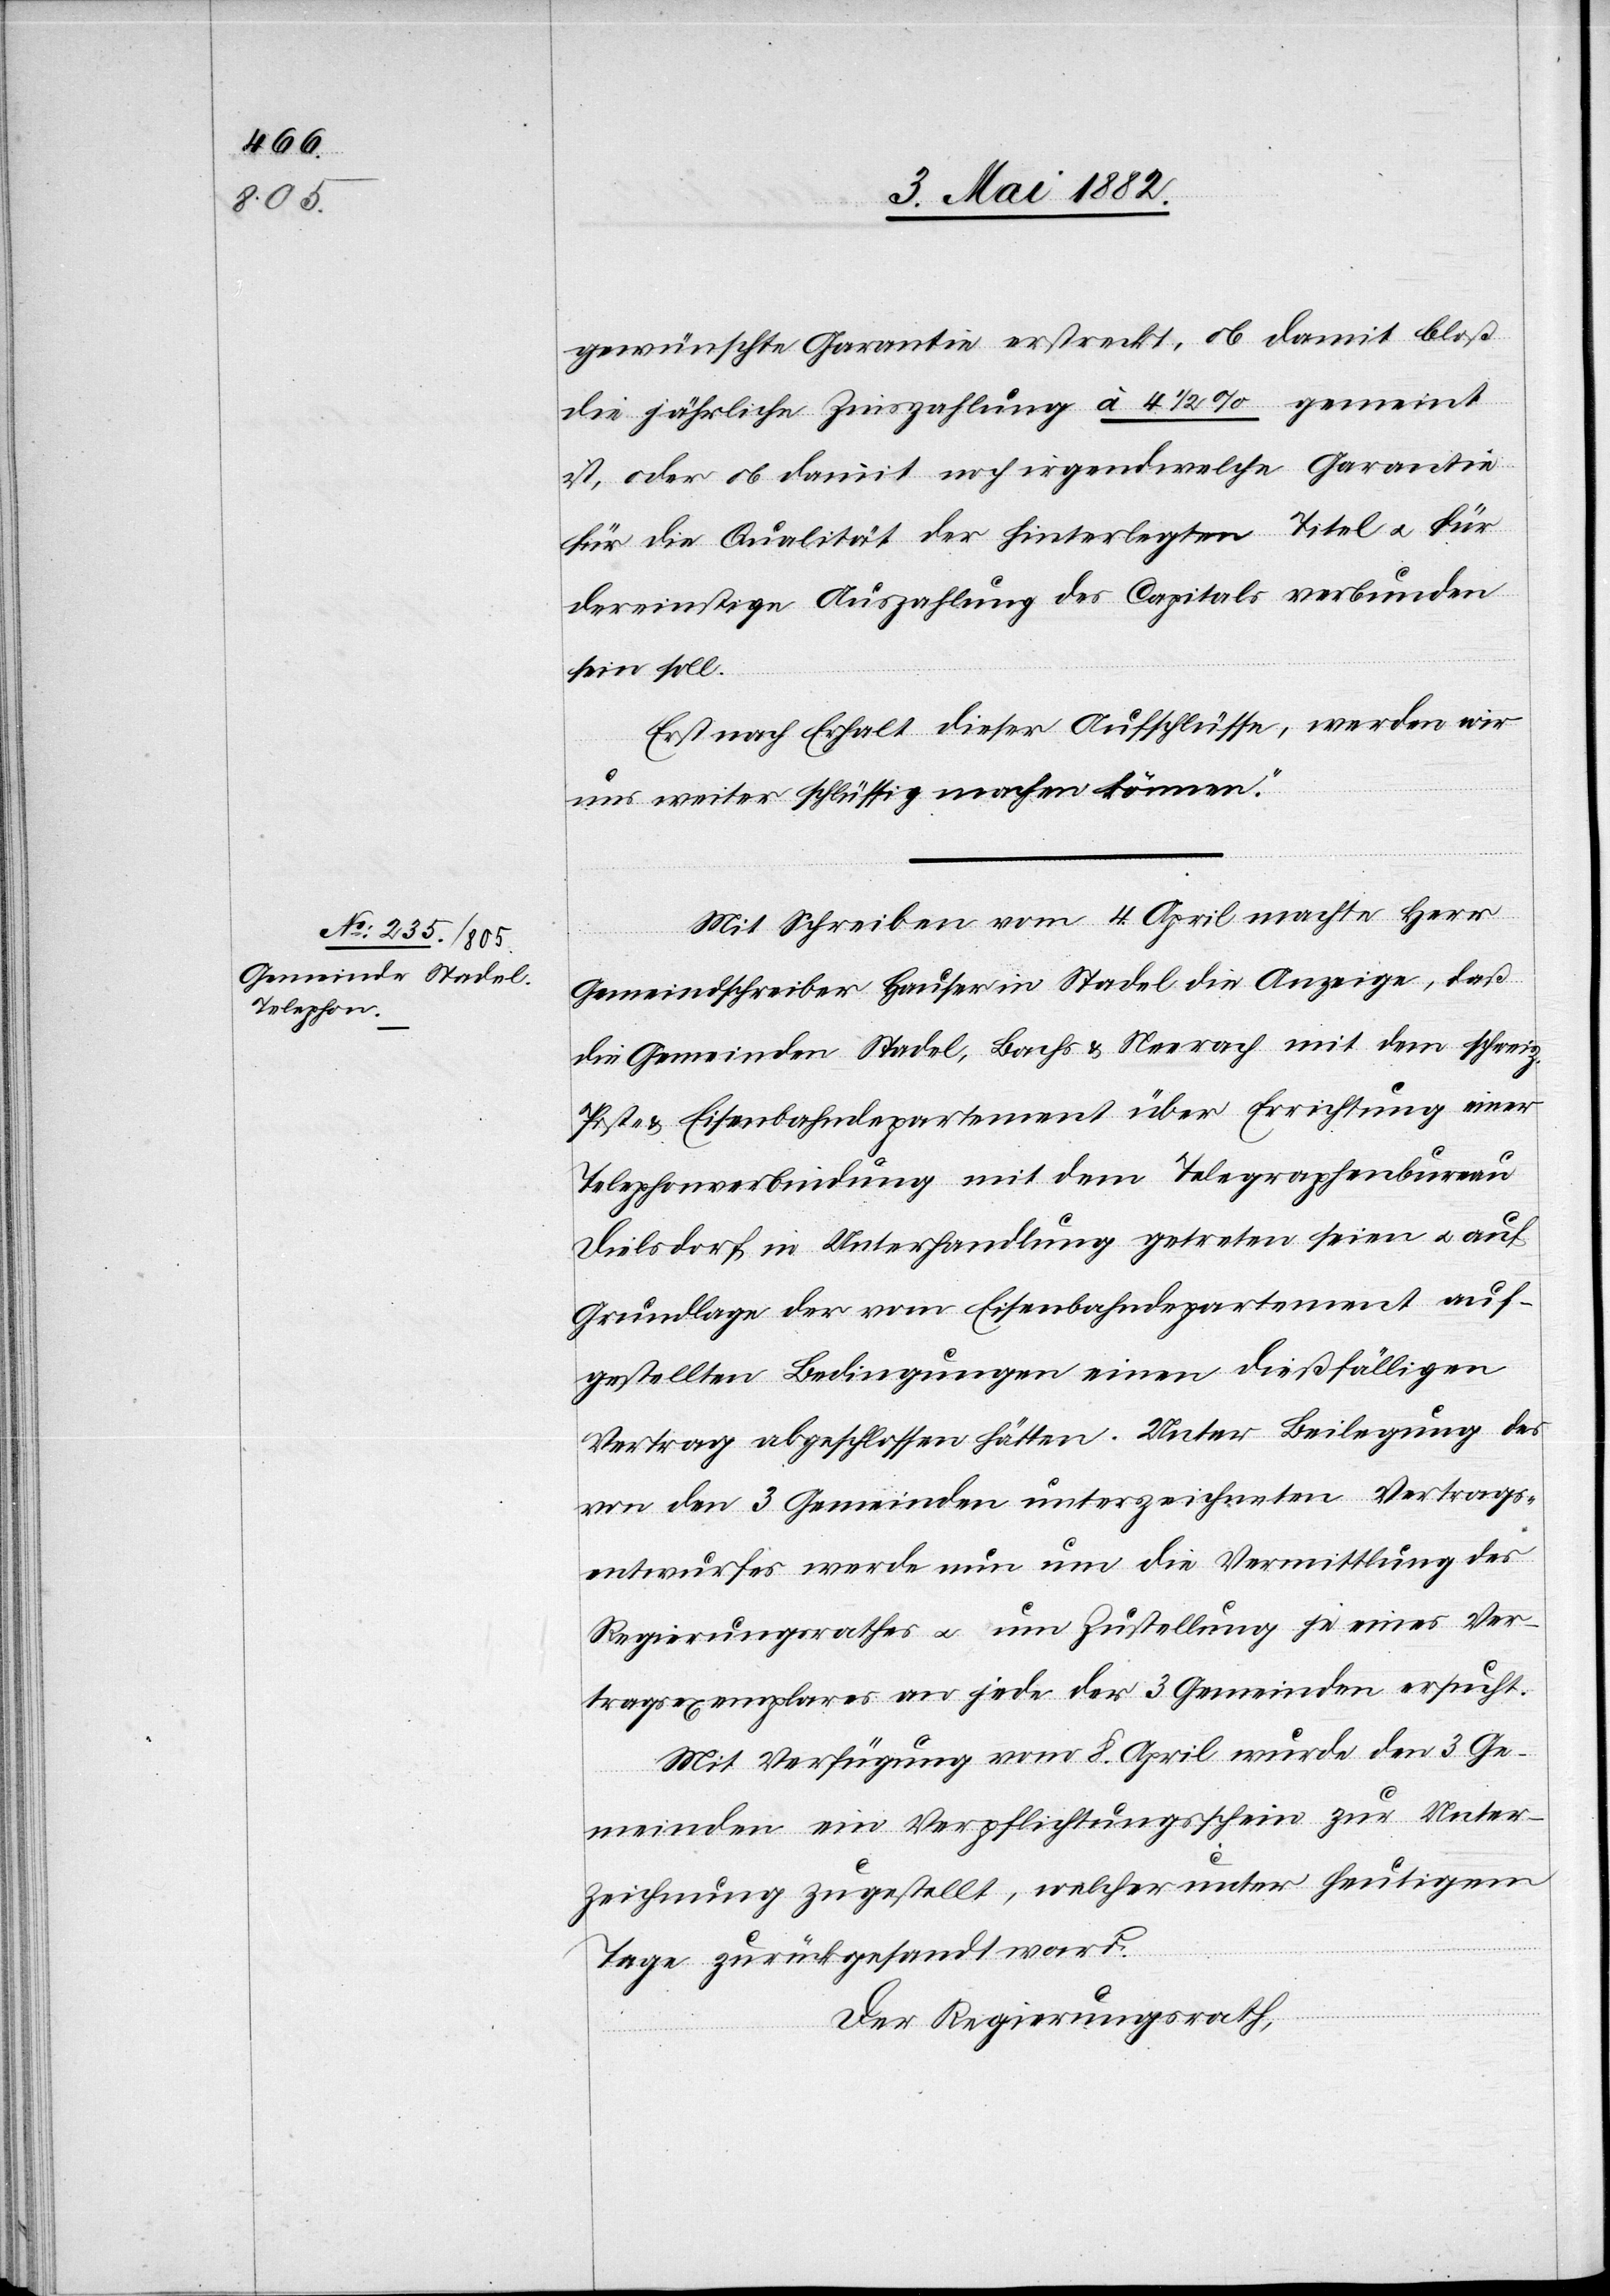
gewünschte Garantie erstreckt, ob damit bloß
die jährliche Zinszahlung à 4 1/2% gemeint
ist, oder ob damit noch irgendwelche Garantie
für die Qualität der hinterlegten Titel u. für
dereinstige Auszahlung des Capitals verbunden
sein soll.
Erst nach Erhalt dieser Aufschlüsse, werden wir
uns weiter schlüssig machen können.“
Mit Schreiben vom 4. April machte Herr
Gemeindschreiber Hauser in Stadel die Anzeige, daß
die Gemeinden Stadel, Bachs & Neerach mit dem schweiz.
Post- & Eisenbahndepartement über Errichtung einer
Telephonverbindung mit dem Telegraphenbureau
Dielsdorf in Unterhaltung getreten seien u. auf
Grundlage der vom Eisenbahndepartement auf¬
gestellten Bedingungen einen dießfälligen
Vertrag abgeschlossen hätten. Unter Beilegung des
von den 3 Gemeinden unterzeichneten Vertrags¬
entwurfes werde nun um die Vermittlung des
Regierungsrathes u. um Zustellung je eines Ver¬
tragsexemplares an jede der 3 Gemeinden ersucht.
Mit Verfügung vom 8. April wurde den 3 Ge¬
meinden ein Verpflichtungsschein zur Unter¬
zeichnung zugestellt, welcher unter heutigem
Tage zurückgesandt ward.
Der Regierungsrath,